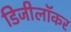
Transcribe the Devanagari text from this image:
डिजीलॉकर